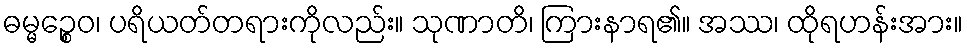
ဓမ္မဉ္စေဝ၊ ပရိယတ်တရားကိုလည်း။ သုဏာတိ၊ ကြားနာရ၏။ အဿ၊ ထိုရဟန်းအား။